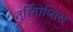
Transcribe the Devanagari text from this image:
तुर्रितोप्सिस